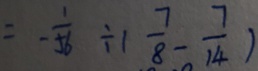
= - \frac { 1 } { 5 6 } \div ( \frac { 7 } { 8 } - \frac { 7 } { 1 4 } )